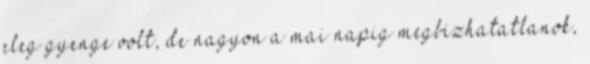
eleg gyenge volt, de nagyon a mai napig megbizhatatlanok,